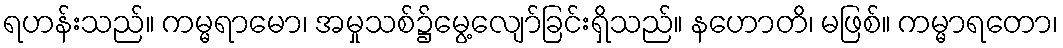
ရဟန်းသည်။ ကမ္မရာမော၊ အမှုသစ်၌မွေ့လျော်ခြင်းရှိသည်။ နဟောတိ၊ မဖြစ်။ ကမ္မာရတော၊